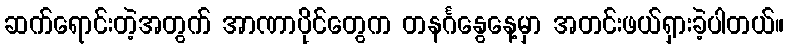
ဆက်ရောင်းတဲ့အတွက် အာဏာပိုင်တွေက တနင်္ဂနွေနေ့မှာ အတင်းဖယ်ရှားခဲ့ပါတယ်။